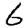
Digit: 6